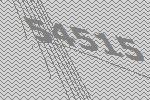
54515